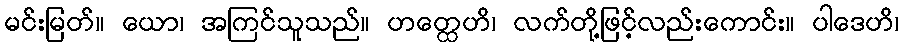
မင်းမြတ်။ ယော၊ အကြင်သူသည်။ ဟတ္ထေဟိ၊ လက်တို့ဖြင့်လည်းကောင်း။ ပါဒေဟိ၊